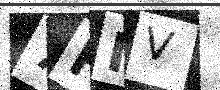
Text: 7FMV